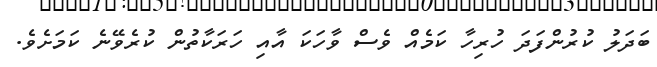
ބަދަލު ކުރުންފަދަ ހުރިހާ ކަމެއް ވެސް ވާހަކަ އާއި ހަރަކާތުން ކުރެވޭނެ ކަމަށެވެ.